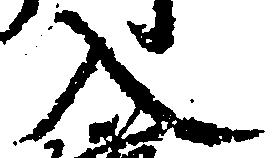
入